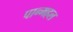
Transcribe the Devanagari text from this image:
पान्महल